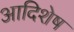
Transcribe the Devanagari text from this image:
आदिशेष